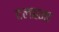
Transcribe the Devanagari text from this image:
टलहना